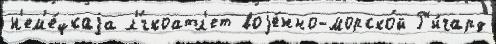
н'ем'е́цкаjа л'́гкоатл'ет воjе́нно-морско́й Р'и́чард